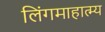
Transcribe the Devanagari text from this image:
लिंगमाहात्म्य